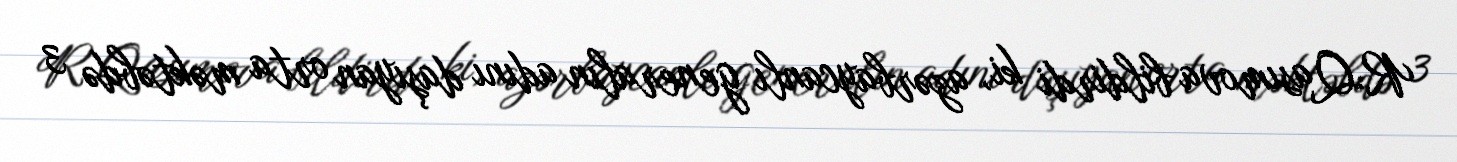
R.Qasımova bildirdi ki, azərbaycanlı generalın adını daşıyan orta məktəbdə 3